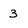
Character: 3